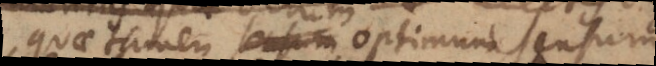
quae tamen optimum sensum